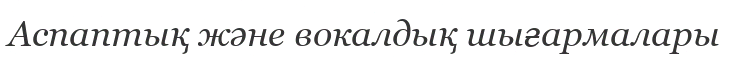
Аспаптық және вокалдық шығармалары